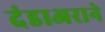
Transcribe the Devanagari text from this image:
दंडाअराने